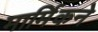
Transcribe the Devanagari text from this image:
मार्मिकने